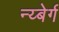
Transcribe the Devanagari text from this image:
न्य्बेर्ग